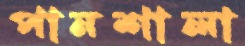
পানশালা